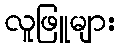
လူဖြူများ